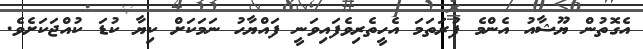
އެގޮތުން ޔޫޝާއު އެންމެ ފުރަތަމަ އެހީތެރިވެފައިވަނީ ފައްޔާހު ނަމަކަށް ކިޔާ ކުޑަ ކުއްޖަކަށެވެ.